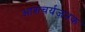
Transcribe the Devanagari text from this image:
आशचर्यजनक